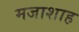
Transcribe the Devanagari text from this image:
मजाशाह